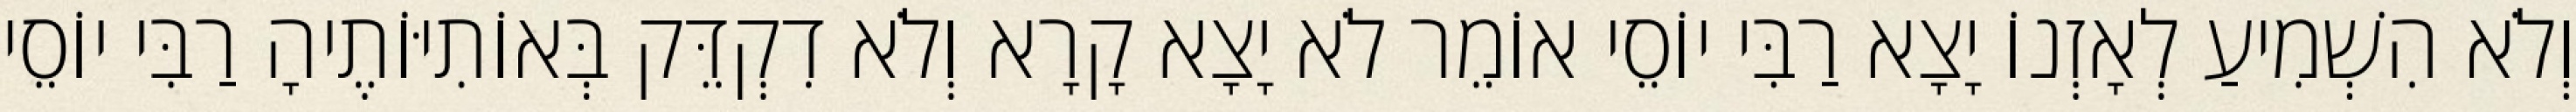
וְלֹא הִשְׁמִיעַ לְאָזְנוֹ יָצָא רַבִּי יוֹסֵי אוֹמֵר לֹא יָצָא קָרָא וְלֹא דִקְדֵּק בְּאוֹתִיּוֹתֶיהָ רַבִּי יוֹסֵי